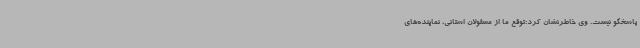
پاسخگو نیست. وی خاطرنشان کرد:توقع ما از مسئولان استانی، نماینده‌های